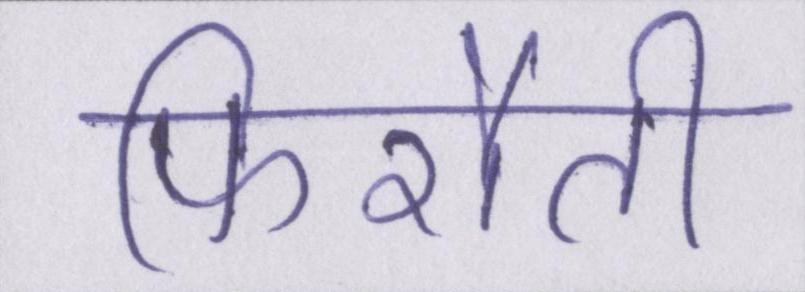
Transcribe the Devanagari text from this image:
फिरौती